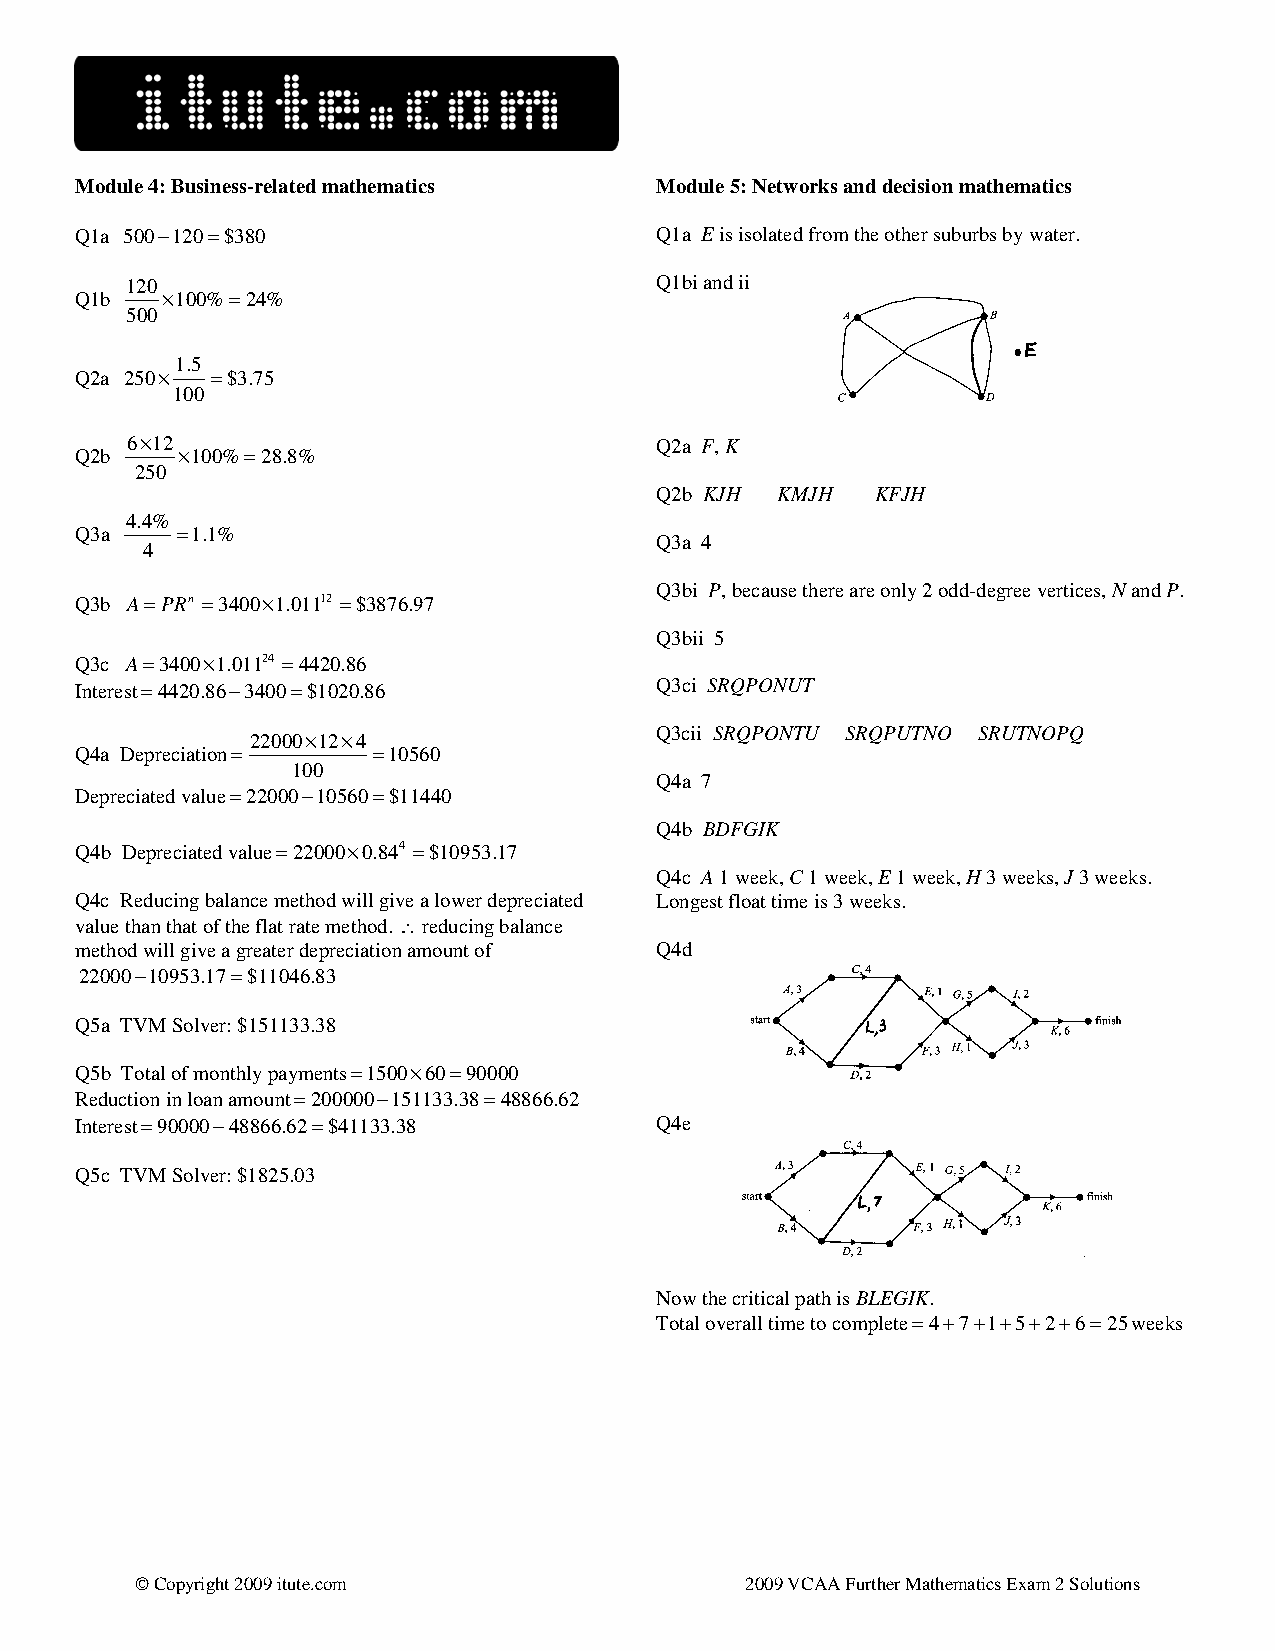
Module 4: Business-related mathematics Module 5: Networks and decision mathematics
 Q1a 500−120=$380                      Q1a E is isolated from the other suburbs by water.
 120                                Q1bi and ii
 Q1b   ×100%=24%
 500
 1.5
 Q2a 250× =$3.75
 100
 6×12                               Q2a F, K
 Q2b    ×100%=28.8%
 250
 Q2b KJH KMJH   KFJH
 4.4%
 Q3a    =1.1%
 Q3a 4
 4
 Q3bi P, because there are only 2 odd-degree vertices, N and P.
 Q3b A=PRn =3400×1.01112 =$3876.97
 Q3bii 5
 Q3c A=3400×1.01124 =4420.86
 Interest=4420.86−3400=$1020.86        Q3ci SRQPONUT
 Q3cii SRQPONTU SRQPUTNO SRUTNOPQ
 22000×12×4
 Q4a Depreciation=   =10560
 100
 Q4a 7
 Depreciated value=22000−10560=$11440
 Q4b BDFGIK
 Q4b Depreciated value=22000×0.844 =$10953.17
 Q4c A 1 week, C 1 week, E 1 week, H 3 weeks, J 3 weeks.
 Q4c Reducing balance method will give a lower depreciated Longest float time is 3 weeks.
 value than that of the flat rate method. ∴ reducing balance
 method will give a greater depreciation amount of Q4d
 22000−10953.17=$11046.83
 Q5a TVM Solver: $151133.38
 Q5b Total of monthly payments=1500×60=90000
 Reduction in loan amount=200000−151133.38=48866.62
 Interest=90000−48866.62=$41133.38     Q4e
 Q5c TVM Solver: $1825.03
 Now the critical path is BLEGIK.
 Total overall time to complete=4+7+1+5+2+6=25weeks
 © Copyright 2009 itute.com              2009 VCAA Further Mathematics Exam 2 Solutions